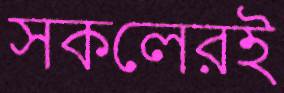
সকলেরই